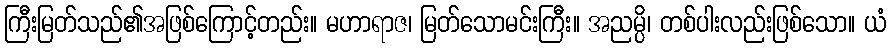
ကြီးမြတ်သည်၏အဖြစ်ကြောင့်တည်း။ မဟာရာဇ၊ မြတ်သောမင်းကြီး။ အညမ္ပိ၊ တစ်ပါးလည်းဖြစ်သော။ ယံ